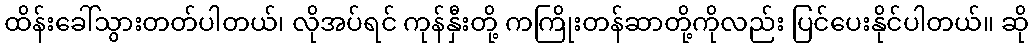
ထိန်းခေါ်သွားတတ်ပါတယ်၊ လိုအပ်ရင် ကုန်နှီးတို့ ကကြိုးတန်ဆာတို့ကိုလည်း ပြင်ပေးနိုင်ပါတယ်။ ဆို